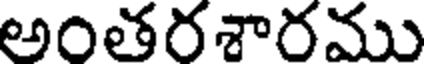
అంతరశారము